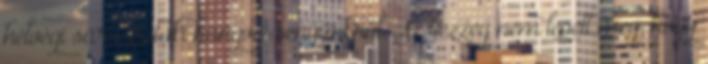
hétvégi sárospataki hangversenyünkről. Az bezzeg nem lepett meg, hogy